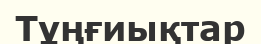
Тұңғиықтар